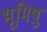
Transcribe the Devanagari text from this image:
भूमिषु